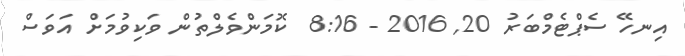
އިނހޭ ސެޕްޓެމްބަރު 20